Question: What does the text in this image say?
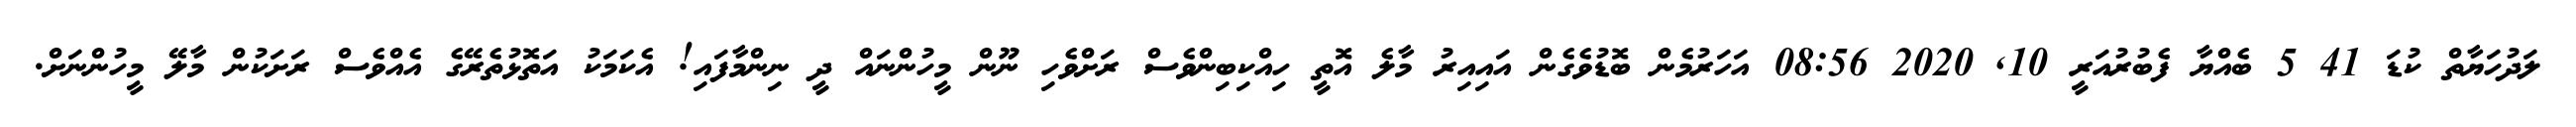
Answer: ލަދުހަޔާތް ކުޑަ 41 5 ބެއްޔާ ފެބުރުއަރީ 10, 2020 08:56 އަހަރުމެން ބޮޑުވެގެން އައިއިރު މާލެ އޮތީ ހިއްކިބިންވެސް ރަށްވެހި ނޫން މީހުންނައް ދީ ނިންމާފައި! އެކަމަކު އަތޮޅުތެރޭގެ އެއްވެސް ރަށަކުން މާލޭ މީހުންނަށް.